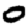
Digit: 0